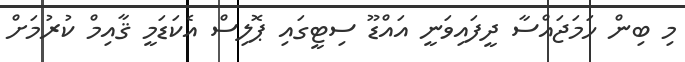
މި ބިން ހަމަޖައްސާ ދީފައިވަނީ އައްޑޫ ސިޓީގައި ޕޮލިސް އެކަޑަމީ ޤާއިމް ކުރުމަށް